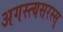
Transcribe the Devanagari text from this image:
अगस्त्यसरस्स्